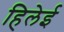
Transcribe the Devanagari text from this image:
हिलेई